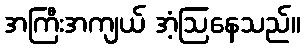
အကြီးအကျယ် အံ့ဩနေသည်။